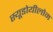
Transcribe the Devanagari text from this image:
स्यूडोयीलोम